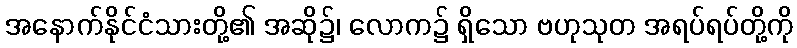
အနောက်နိုင်ငံသားတို့၏ အဆို၌၊ လောက၌ ရှိသော ဗဟုသုတ အရပ်ရပ်တို့ကို